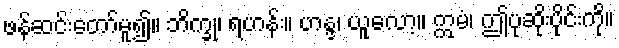
ဖန်ဆင်းတော်မူ၍။ ဘိက္ခု၊ ရဟန်း။ ဟန္ဒ၊ ယူလော့။ ဣမံ၊ ဤပုဆိုးပိုင်းကို။